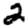
Digit: 2